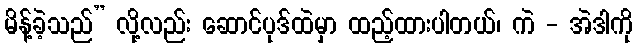
မိန့်ခဲ့သည်” လို့လည်း ဆောင်ပုဒ်ထဲမှာ ထည့်ထားပါတယ်၊ ကဲ - အဲဒါကို